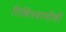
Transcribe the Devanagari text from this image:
तिथिस्वामीची